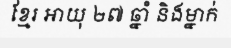
ខ្មែរ អាយុ ២៧ ឆ្នាំ និងម្នាក់